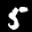
Label: 5